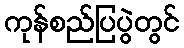
ကုန်စည်ပြပွဲတွင်